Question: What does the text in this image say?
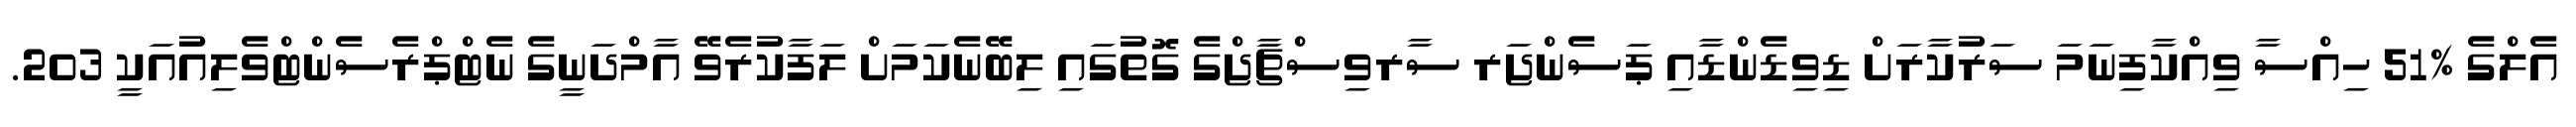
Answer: އެލްގެ %51 ހިއްސާ ވިއްކާފިނަމަ ސަރުކާރަށް ޑިވިޑެންޑާއި ޕަސެންޖަރ ސާރވިސްޗާޖްގެ ގޮތުގައި ލިބޭނެކަމަށް ލަފާކުރެވޭ އާމްދަނީގެ ނެޓްޕްރެސެންޓްވެލިއުއަކީ 203.